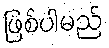
ဖြစ်ပါမည်